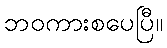
ဘဝကားစပေပြီ။